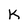
Character: K